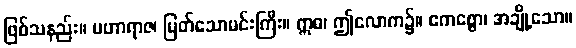
ဖြစ်သနည်း။ မဟာရာဇ၊ မြတ်သောမင်းကြီး။ ဣဓ၊ ဤလောက၌။ ဧကစ္စော၊ အချို့သော။